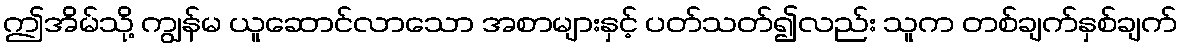
ဤအိမ်သို့ ကျွန်မ ယူဆောင်လာသော အစာများနှင့် ပတ်သတ်၍လည်း သူက တစ်ချက်နှစ်ချက်